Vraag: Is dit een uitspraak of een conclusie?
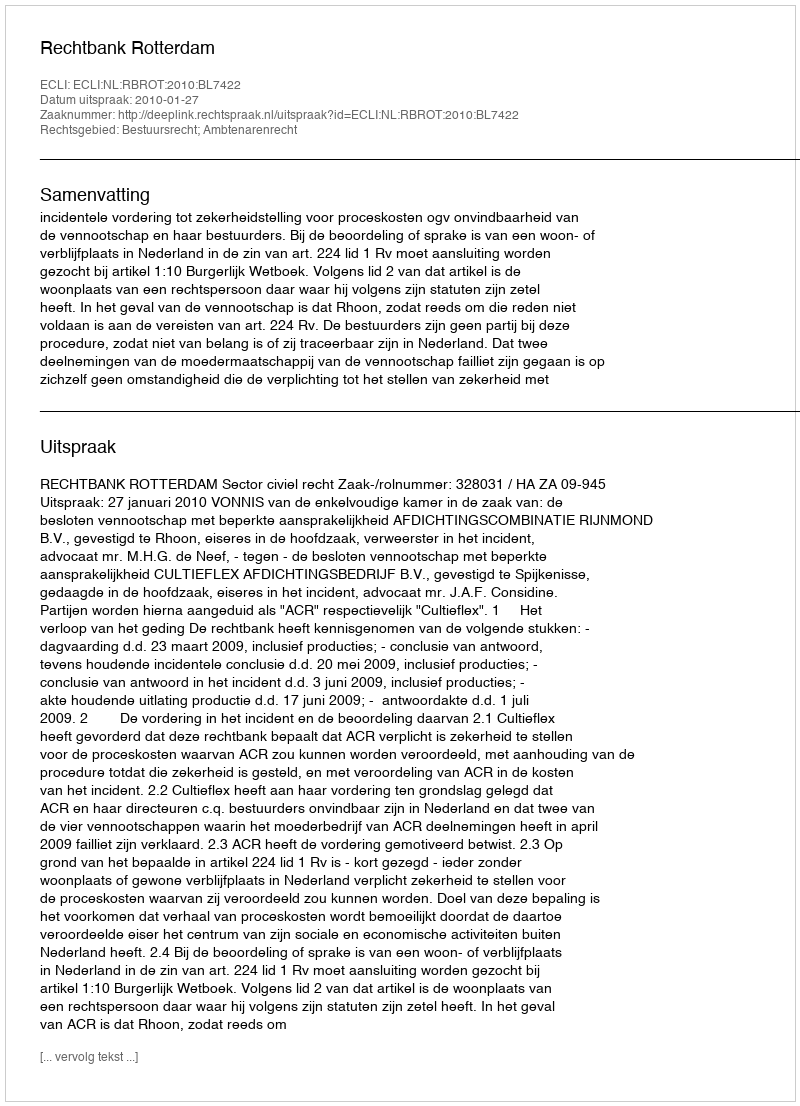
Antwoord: Uitspraak